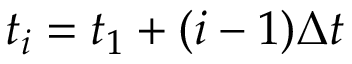
t _ { i } = t _ { 1 } + ( i - 1 ) \Delta t